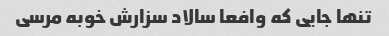
تنها جایی که وافعا سالاد سزارش خوبه مرسی